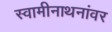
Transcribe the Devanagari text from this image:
स्वामीनाथनांवर